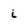
Character: i